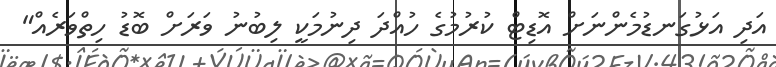
އަދި އަޅުގަނޑުމެންނަށް އޮޑިޓް ކުރުމުގެ ހުއްދަ ދިނުމަކީ ލިބުނު ވަރަށް ބޮޑު ހިތްވަރެއް"